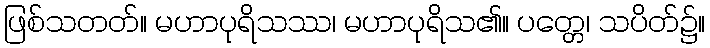
ဖြစ်သတတ်။ မဟာပုရိသဿ၊ မဟာပုရိသ၏။ ပတ္တေ၊ သပိတ်၌။